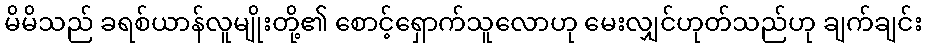
မိမိသည် ခရစ်ယာန်လူမျိုးတို့၏ စောင့်ရှောက်သူလောဟု မေးလျှင်ဟုတ်သည်ဟု ချက်ချင်း